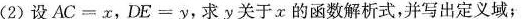
(2)设AC=x，DE=y，求y关于x的函数解析式，并写出定义域；